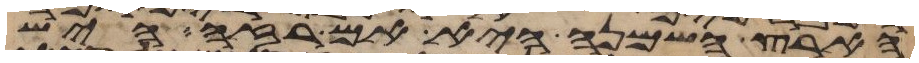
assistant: הארץ השמנה היא אם רזה היש